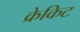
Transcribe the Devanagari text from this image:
क्रेकिट